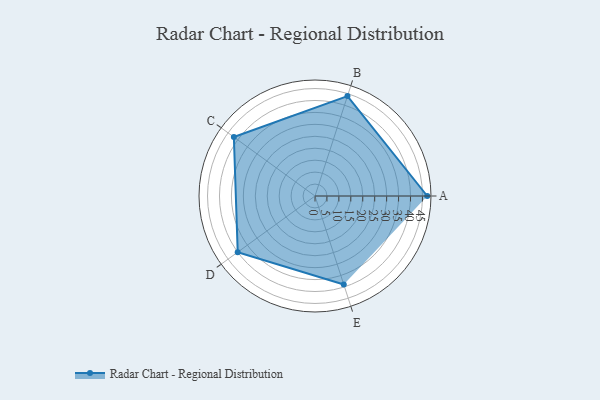
{"axis": {"x": "Skill", "y": "Score"}, "legend": ["Profile"], "data": [{"x": "A", "y": 47.0, "type": "Profile"}, {"x": "B", "y": 44.0, "type": "Profile"}, {"x": "C", "y": 42.0, "type": "Profile"}, {"x": "D", "y": 40.0, "type": "Profile"}, {"x": "E", "y": 39.0, "type": "Profile"}]}